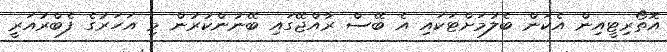
އޮތޯރިޓީއިން އެކަން ބެލުމަށްޓަކައި އެ ބޭސް ރާއްޖޭގައި ބޭނުންކުރުން މި އަހަރުގެ ފެބްރުއަރީ